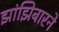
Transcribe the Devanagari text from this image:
झांझिबारने